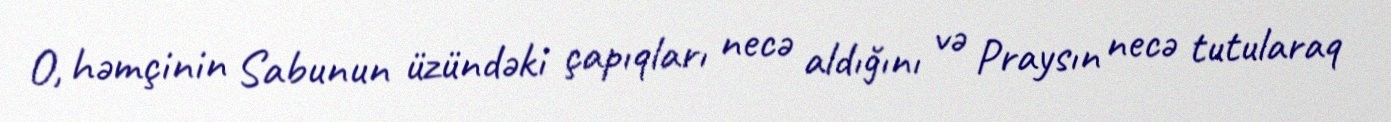
O, həmçinin Sabunun üzündəki çapıqları necə aldığını və Praysın necə tutularaq